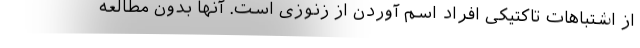
از اشتباهات تاکتیکی افراد اسم آوردن از زنوزی است. آنها بدون مطالعه